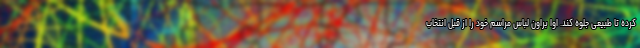
کرده تا طبیعی جلوه کند. اوا براون لباس مراسم خود را از قبل انتخاب